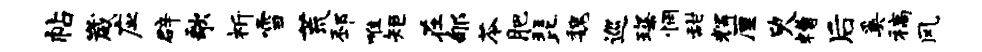
帖崴应辟歌祈雪荒邳唯矩在郇苓肥琵魏巡琛惘甜辉厘臾糟后奚稿风